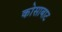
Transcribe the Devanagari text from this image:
कोसाबाट